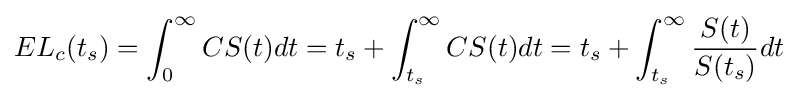
{EL}_{c}(t_{s})=\int _{0}^{\infty }CS(t)dt=t_{s}+\int _{t_{s}}^{\infty }{CS(t)dt=t_{s}+\int _{t_{s}}^{\infty }{\frac {S(t)}{S(t_{s})}}}dt